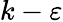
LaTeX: k-\varepsilon